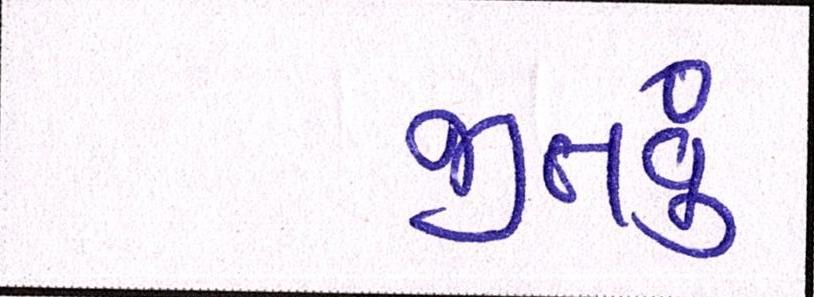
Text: જીતવું